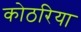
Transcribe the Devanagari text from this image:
कोठरिया